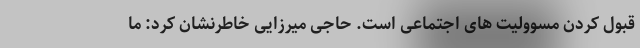
قبول کردن مسوولیت های اجتماعی است. حاجی میرزایی خاطرنشان کرد: ما